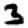
Digit: 3